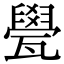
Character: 㽇